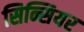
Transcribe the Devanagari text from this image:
सिन्सियर